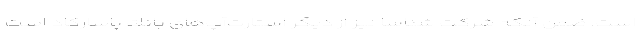
است. ضمن آنكه شركت شناسا نیز از دیگر استارت‌آپ‌های بانك پاسارگاد است